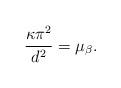
LaTeX: \begin{align*} \frac{\kappa \pi^2} {d^2} = \mu_\beta.\end{align*}